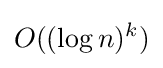
O((\log n)^{k})